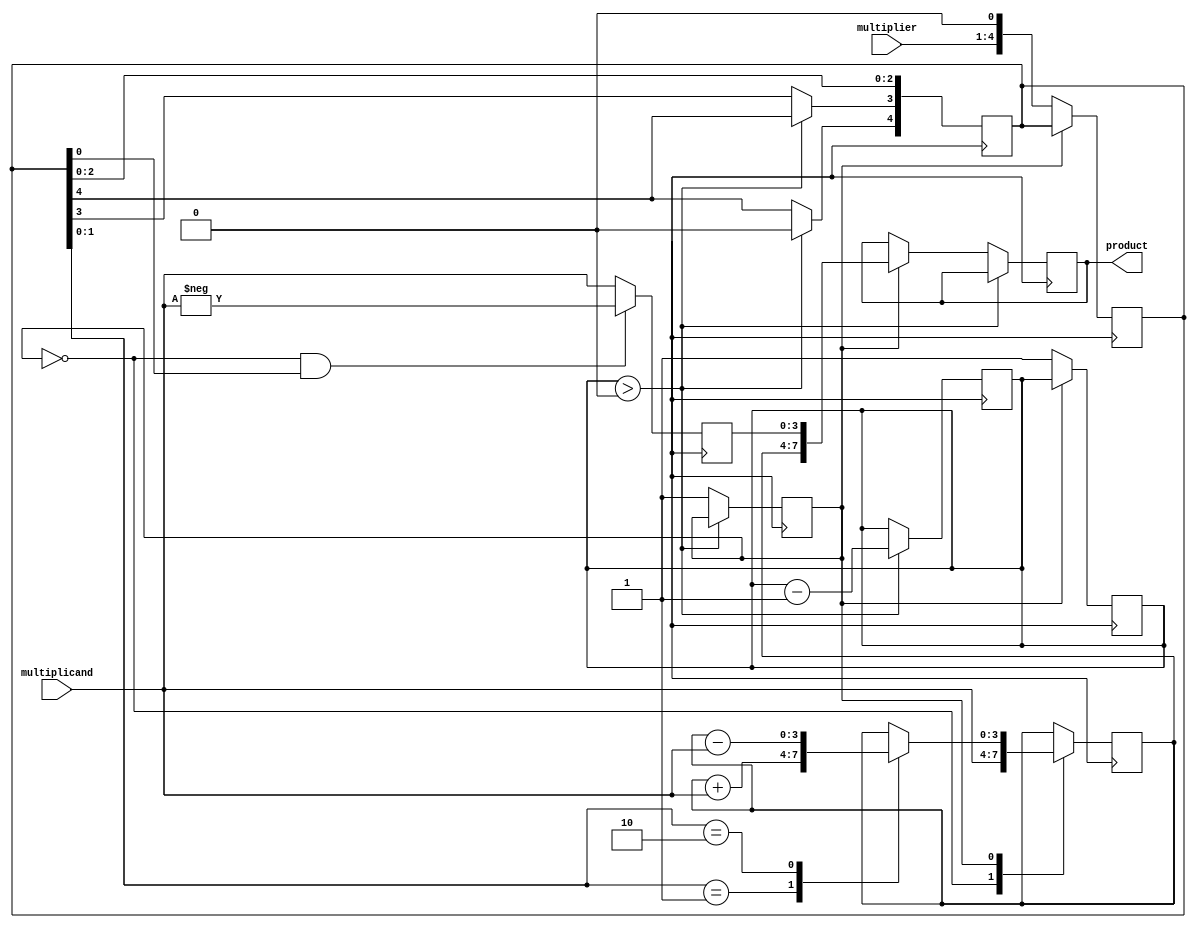
module booth_multiplier (
  input [3:0] multiplicand,
  input [3:0] multiplier,
  output reg [7:0] product
);

reg [3:0] A;
reg [4:0] Q;
reg [3:0] M;
reg count;
reg stage;

always @ (posedge clk) begin
  case (stage)
    0: begin
      count <= 3;
      Q <= {1'b0, multiplier, 1'b0};
      A <= multiplicand;
    end
    1: begin
      case (Q[1:0])
        2'b01: begin
          A <= A + multiplicand;
        end
        2'b10: begin
          A <= A - multiplicand;
        end
        2'b00, 2'b11: begin
          // do nothing
        end
      endcase
    end
  endcase
end

always @ (posedge clk) begin
  if (stage == 0 && Q[0] == 1) begin
    M <= -multiplicand;
  end
  else begin
    M <= multiplicand;
  end
end

always @ (posedge clk) begin
  if (count > 0) begin
    Q <= {Q[3:1], Q[0]};
    Q[3] <= Q[4];
    count <= count - 1;
  end
  else begin
    if (stage == 0) begin
      stage <= 1;
    end
    else if (stage == 1) begin
      product <= {A, M};
    end
  end
end

endmodule